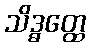
သိဒ္ဓတ္ထေ